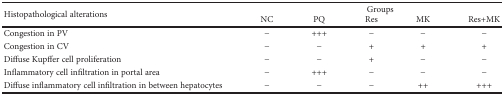
<table><thead><tr><td rowspan="2"><b>Histopathological alterations</b></td><td colspan="5"><b>Groups</b></td></tr><tr><td><b>NC</b></td><td><b>PQ</b></td><td><b>Res</b></td><td><b>MK</b></td><td><b>Res+MK</b></td></tr></thead><tbody><tr><td>Congestion in PV</td><td>−</td><td>+++</td><td>−</td><td>−</td><td>−</td></tr><tr><td>Congestion in CV</td><td>−</td><td>−</td><td>+</td><td>+</td><td>+</td></tr><tr><td>Diffuse Kupffer cell proliferation</td><td>−</td><td>−</td><td>+</td><td>−</td><td>−</td></tr><tr><td>Inflammatory cell infiltration in portal area</td><td>−</td><td>+++</td><td>−</td><td>−</td><td>−</td></tr><tr><td>Diffuse inflammatory cell infiltration in between hepatocytes</td><td>−</td><td>−</td><td>−</td><td>++</td><td>+++</td></tr></tbody></table>